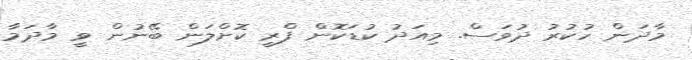
މާދަން ހުކުރު ދުވަސް. މިއަދު ކުޑަކޮން ފްރީ ކޮށްލަަން ބޭނުން ވީ މާދަމާ